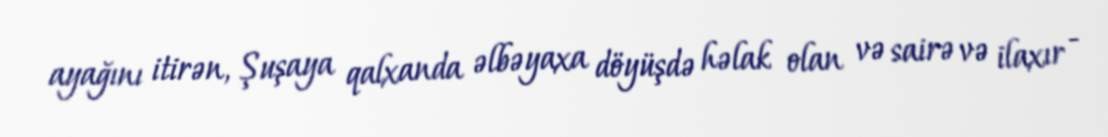
ayağını itirən, Şuşaya qalxanda əlbəyaxa döyüşdə həlak olan və sairə və ilaxır -